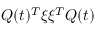
Q ( t ) ^ { T } \xi \xi ^ { T } Q ( t )